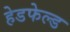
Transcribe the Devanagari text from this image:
हेडफेल्ड